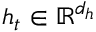
h _ { t } \in \mathbb { R } ^ { d _ { h } }